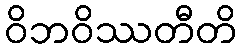
ဝိဘဝိဿတီတိ